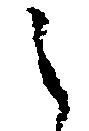
之